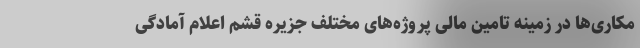
مکاری‌ها در زمینه تامین مالی پروژه‌های مختلف جزیره قشم اعلام آمادگی